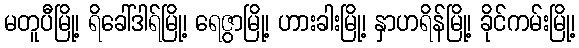
မတူပီမြို့၊ ရိခေါ်ဒါရ်မြို့၊ ရေဇွာမြို့၊ ဟားခါးမြို့၊ နှာဟရိန်မြို့၊ ခိုင်ကမ်းမြို့၊